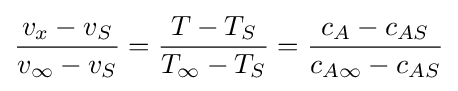
{v_{x}-v_{S} \over v_{\infty }-v_{S}}={T-T_{S} \over T_{\infty }-T_{S}}={c_{A}-c_{AS} \over c_{A\infty }-c_{AS}}